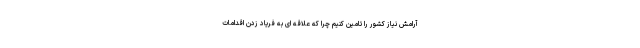
آرامش نیاز کشور را تامین کنیم چرا که علاقه ای به فریاد زدن اقدامات